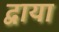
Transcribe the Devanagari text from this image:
द्वाया